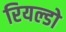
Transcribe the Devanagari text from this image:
रियल्डो